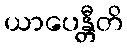
ယာပေန္တီတိ